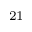
^ { 2 1 }